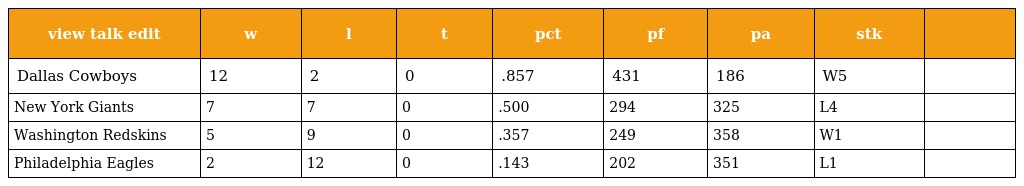
| view talk edit | w | l | t | pct | pf | pa | stk |  |
 | --- | --- | --- | --- | --- | --- | --- | --- | --- |
 | Dallas Cowboys | 12 | 2 | 0 | .857 | 431 | 186 | W5 |  |
 | New York Giants | 7 | 7 | 0 | .500 | 294 | 325 | L4 |  |
 | Washington Redskins | 5 | 9 | 0 | .357 | 249 | 358 | W1 |  |
 | Philadelphia Eagles | 2 | 12 | 0 | .143 | 202 | 351 | L1 |  |